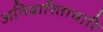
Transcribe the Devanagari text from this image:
अनिवारिताचारि